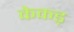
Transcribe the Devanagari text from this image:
केकड़